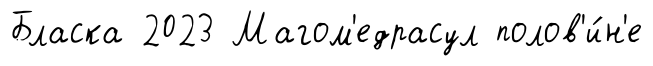
Бласка 2023 Магом'едрасул полов'и́н'е